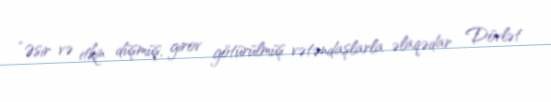
“Əsir və itkin düşmüş, girov götürülmüş vətəndaşlarla əlaqədar Dövlət